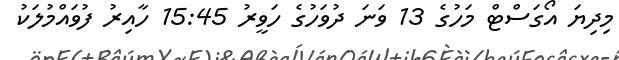
މިދިޔަ އޯގަސްޓް މަހުގެ 13 ވަނަ ދުވަހުގެ ހަވީރު 15:45 ހާއިރު ފުވައްމުލަކު